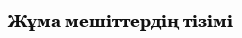
Жұма мешіттердің тізімі